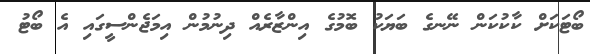
ބޯޓަކަށް ކާކުކަން ނޭނގެ ބަޔަކު ބޮމުގެ އިންޒާރެއް ދިނުމުން އިމަޖެންސީގައި އެ ބޯޓު